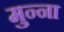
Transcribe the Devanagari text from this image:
मुन्‍ना